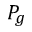
P _ { g }